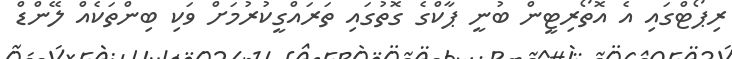
ރިޕޯޓްގައި އެ އޮތޯރިޓީން ބުނީ ޕާކްގެ ގޮތުގައި ތަރައްގީކުރުމަށް ވަކި ބިންތަކެއް ލޭންޑް